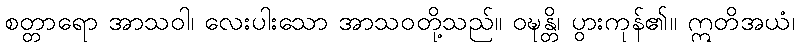
စတ္တာရော အာသဝါ၊ လေးပါးသော အာသဝတို့သည်။ ဝဍ္ဎန္တိ၊ ပွားကုန်၏။ ဣတိအယံ၊